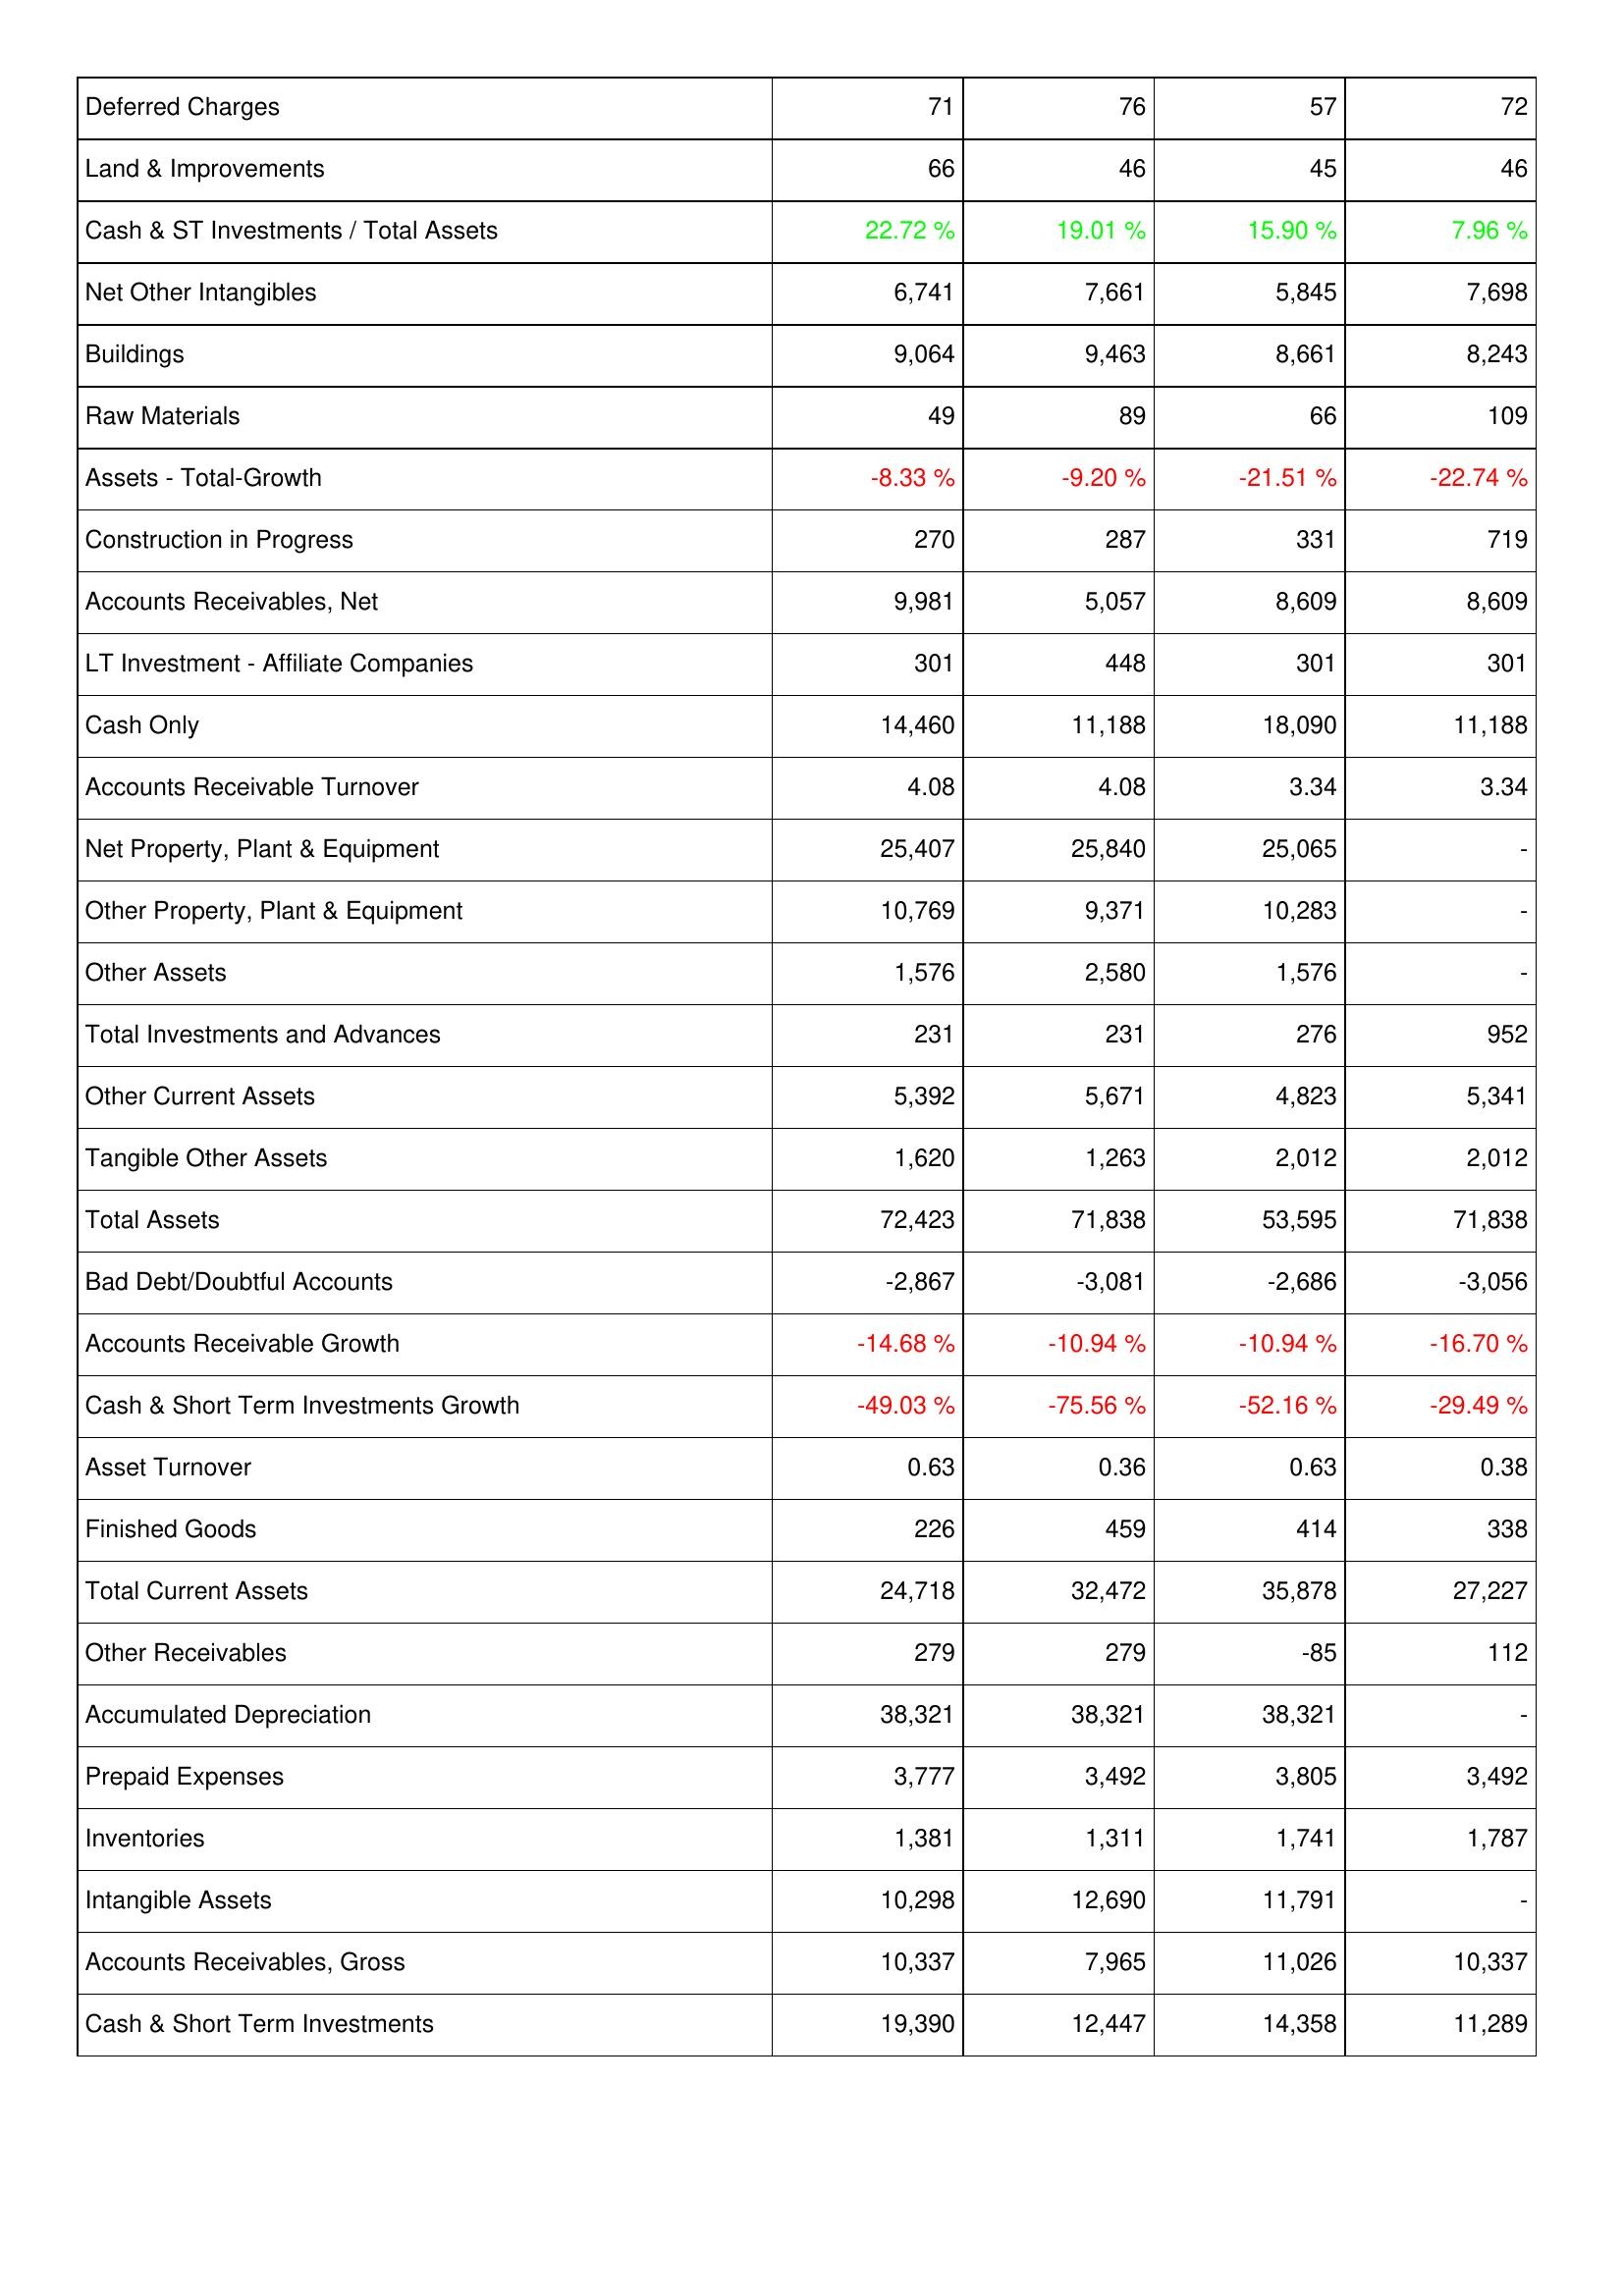
2023: Assets: Deferred Charges: 71
Land & Improvements: 66
Cash & ST Investments / Total Assets: 22.72 %
Net Other Intangibles: 6,741
Buildings: 9,064
Raw Materials: 49
Assets - Total-Growth: -8.33 %
Construction in Progress: 270
Accounts Receivables, Net: 9,981
LT Investment - Affiliate Companies: 301
Cash Only: 14,460
Accounts Receivable Turnover: 4.08
Net Property, Plant & Equipment: 25,407
Other Property, Plant & Equipment: 10,769
Other Assets: 1,576
Total Investments and Advances: 231
Other Current Assets: 5,392
Tangible Other Assets: 1,620
Total Assets: 72,423
Bad Debt/Doubtful Accounts: -2,867
Accounts Receivable Growth: -14.68 %
Cash & Short Term Investments Growth: -49.03 %
Asset Turnover: 0.63
Finished Goods: 226
Total Current Assets: 24,718
Other Receivables: 279
Accumulated Depreciation: 38,321
Prepaid Expenses: 3,777
Inventories: 1,381
Intangible Assets: 10,298
Accounts Receivables, Gross: 10,337
Cash & Short Term Investments: 19,390
2022: Assets: Deferred Charges: 76
Land & Improvements: 46
Cash & ST Investments / Total Assets: 19.01 %
Net Other Intangibles: 7,661
Buildings: 9,463
Raw Materials: 89
Assets - Total-Growth: -9.20 %
Construction in Progress: 287
Accounts Receivables, Net: 5,057
LT Investment - Affiliate Companies: 448
Cash Only: 11,188
Accounts Receivable Turnover: 4.08
Net Property, Plant & Equipment: 25,840
Other Property, Plant & Equipment: 9,371
Other Assets: 2,580
Total Investments and Advances: 231
Other Current Assets: 5,671
Tangible Other Assets: 1,263
Total Assets: 71,838
Bad Debt/Doubtful Accounts: -3,081
Accounts Receivable Growth: -10.94 %
Cash & Short Term Investments Growth: -75.56 %
Asset Turnover: 0.36
Finished Goods: 459
Total Current Assets: 32,472
Other Receivables: 279
Accumulated Depreciation: 38,321
Prepaid Expenses: 3,492
Inventories: 1,311
Intangible Assets: 12,690
Accounts Receivables, Gross: 7,965
Cash & Short Term Investments: 12,447
2021: Assets: Deferred Charges: 57
Land & Improvements: 45
Cash & ST Investments / Total Assets: 15.90 %
Net Other Intangibles: 5,845
Buildings: 8,661
Raw Materials: 66
Assets - Total-Growth: -21.51 %
Construction in Progress: 331
Accounts Receivables, Net: 8,609
LT Investment - Affiliate Companies: 301
Cash Only: 18,090
Accounts Receivable Turnover: 3.34
Net Property, Plant & Equipment: 25,065
Other Property, Plant & Equipment: 10,283
Other Assets: 1,576
Total Investments and Advances: 276
Other Current Assets: 4,823
Tangible Other Assets: 2,012
Total Assets: 53,595
Bad Debt/Doubtful Accounts: -2,686
Accounts Receivable Growth: -10.94 %
Cash & Short Term Investments Growth: -52.16 %
Asset Turnover: 0.63
Finished Goods: 414
Total Current Assets: 35,878
Other Receivables: -85
Accumulated Depreciation: 38,321
Prepaid Expenses: 3,805
Inventories: 1,741
Intangible Assets: 11,791
Accounts Receivables, Gross: 11,026
Cash & Short Term Investments: 14,358
2020: Assets: Deferred Charges: 72
Land & Improvements: 46
Cash & ST Investments / Total Assets: 7.96 %
Net Other Intangibles: 7,698
Buildings: 8,243
Raw Materials: 109
Assets - Total-Growth: -22.74 %
Construction in Progress: 719
Accounts Receivables, Net: 8,609
LT Investment - Affiliate Companies: 301
Cash Only: 11,188
Accounts Receivable Turnover: 3.34
Net Property, Plant & Equipment: -
Other Property, Plant & Equipment: -
Other Assets: -
Total Investments and Advances: 952
Other Current Assets: 5,341
Tangible Other Assets: 2,012
Total Assets: 71,838
Bad Debt/Doubtful Accounts: -3,056
Accounts Receivable Growth: -16.70 %
Cash & Short Term Investments Growth: -29.49 %
Asset Turnover: 0.38
Finished Goods: 338
Total Current Assets: 27,227
Other Receivables: 112
Accumulated Depreciation: -
Prepaid Expenses: 3,492
Inventories: 1,787
Intangible Assets: -
Accounts Receivables, Gross: 10,337
Cash & Short Term Investments: 11,289